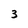
Character: 3